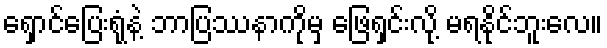
ရှောင်ပြေးရုံနဲ့ ဘာပြဿနာကိုမှ ဖြေရှင်းလို့ မရနိုင်ဘူးလေ။